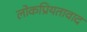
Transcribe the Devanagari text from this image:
लोकप्रियतावाद